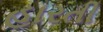
હારતી